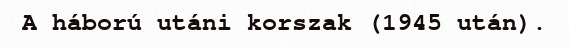
A háború utáni korszak (1945 után).